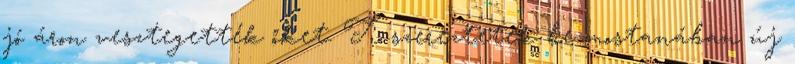
jó áron vesztegették őket. Ti szereztetek be mostanában új